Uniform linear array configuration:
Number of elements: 24
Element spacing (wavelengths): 0.5
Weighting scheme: binomial
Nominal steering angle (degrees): -30
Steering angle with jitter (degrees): -29.421
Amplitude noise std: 0.05
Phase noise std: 0.05

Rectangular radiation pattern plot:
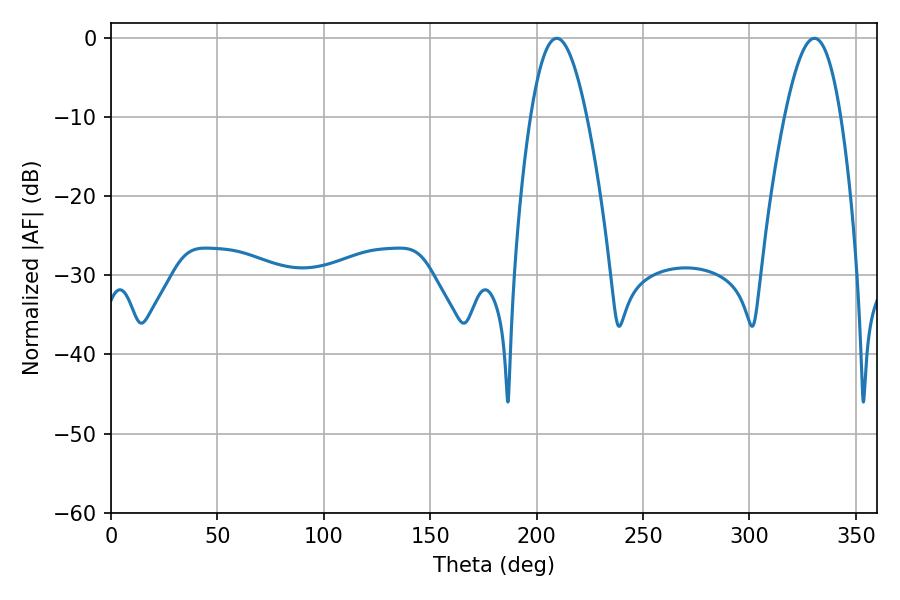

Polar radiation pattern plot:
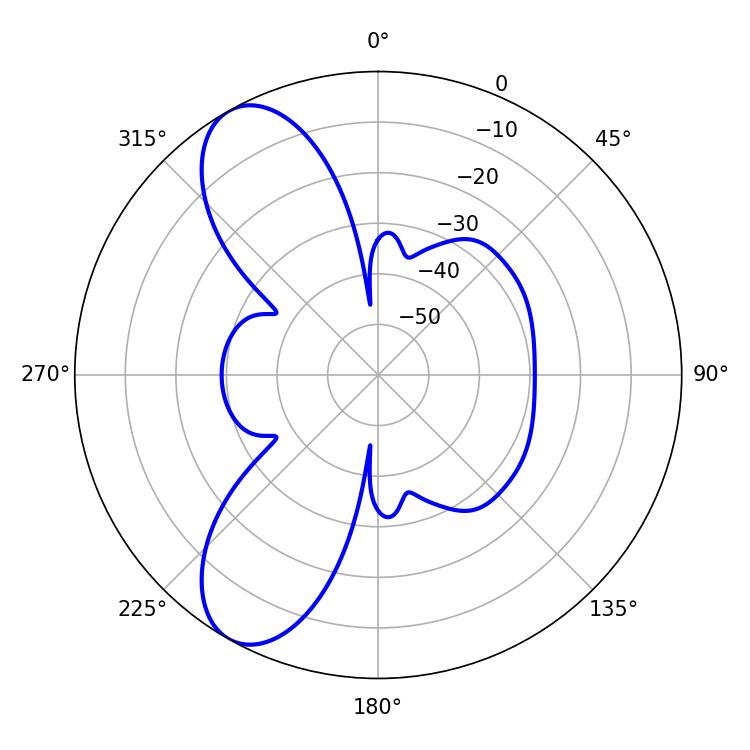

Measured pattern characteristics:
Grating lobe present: FALSE
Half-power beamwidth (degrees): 14.4
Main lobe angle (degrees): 330.48